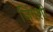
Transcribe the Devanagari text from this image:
जिंगशी